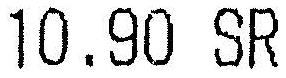
10.90 SR